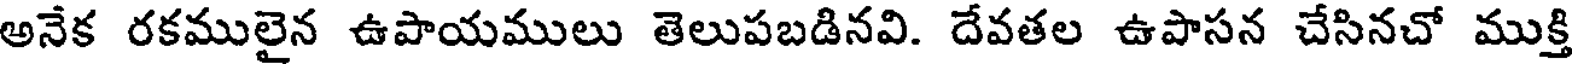
అనేక రకములైన ఉపాయములు తెలుపబడినవి. దేవతల ఉపాసన చేసినచో ముక్తి